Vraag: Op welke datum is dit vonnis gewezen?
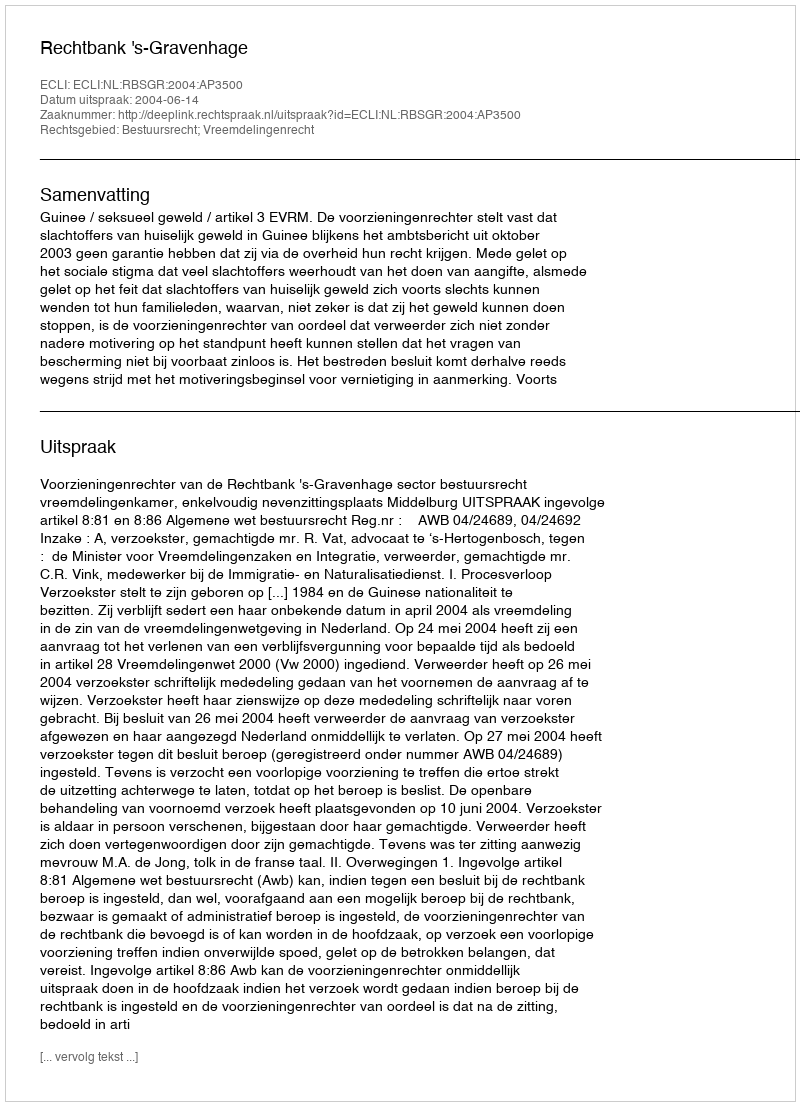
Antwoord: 2004-06-14